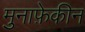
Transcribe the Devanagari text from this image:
मुनाफ़ेकीन